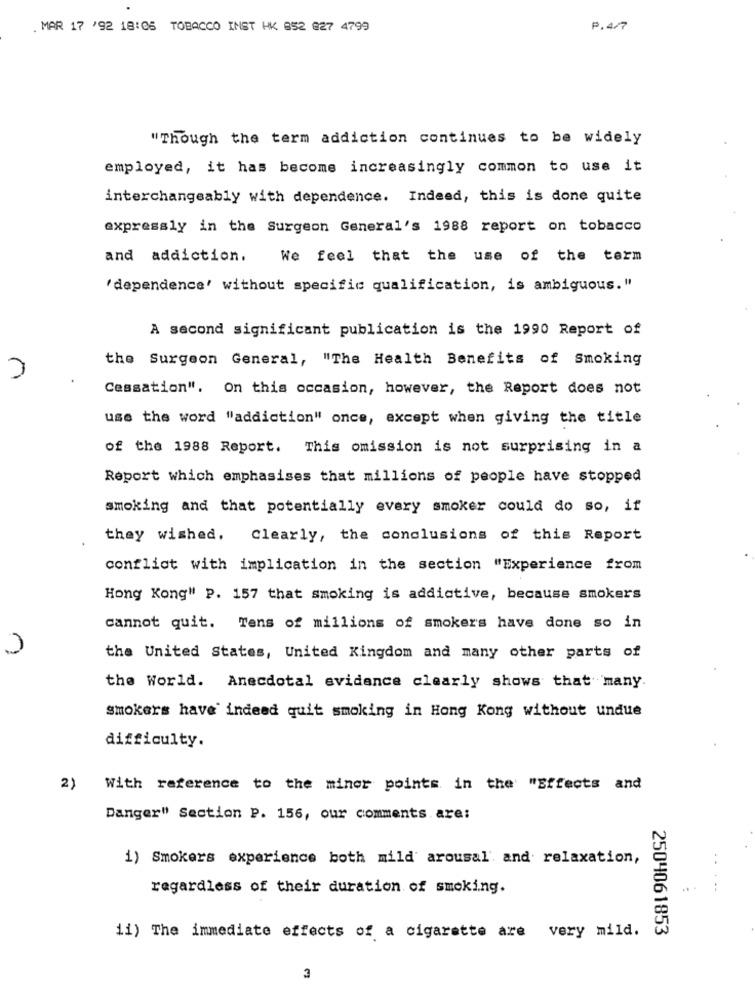
. MAR 17 '92 18:05 TOBACCO INST HK 852 827 4799
P.4/7
"Though the term addiction continues to be widely
employed, it has become increasingly common to use it
interchangeably with dependence. Indeed, this is done quite
expressly in the Surgeon General's 1988 report on tobacco
and addiction.
We feel that the use of the term
'dependence' without specific qualification, is ambiguous."
A second significant publication is the 1990 Report of
the Surgeon General, "The Health Benefits of Smoking
Cessation". On this occasion, however, the Report does not
use the word "addiction" once, except when giving the title
of the 1988 Report. This omission is not surprising in a
Report which emphasises that millions of people have stopped
smoking and that potentially every smoker could do so, if
they wished. Clearly, the conclusions of this Report
conflict with implication in the section "Experience from
Hong Kong" P. 157 that smoking is addictive, because smokers
cannot quit. Tens of millions of smokers have done so in
the United States, United Kingdom and many other parts of
the World. Anecdotal evidence clearly shows that many.
smokers have indeed quit smoking in Hong Kong without undue
difficulty.
2)
With reference to the minor points in the "Effects and
Danger" Section P. 156, our comments are:
1) Smokers experience both mild arousal' and relaxation,
regardless of their duration of smoking.
.. ...
2504061853
11) The immediate effects of a cigarette are very mild.
3